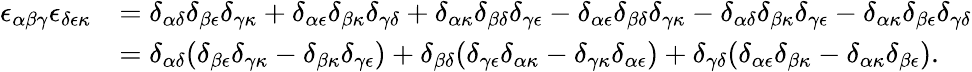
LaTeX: \begin{array}{rl}{\epsilon_{\alpha\beta\gamma}\epsilon_{\delta\epsilon\kappa}}&{=\delta_{\alpha\delta}\delta_{\beta\epsilon}\delta_{\gamma\kappa}+\delta_{\alpha\epsilon}\delta_{\beta\kappa}\delta_{\gamma\delta}+\delta_{\alpha\kappa}\delta_{\beta\delta}\delta_{\gamma\epsilon}-\delta_{\alpha\epsilon}\delta_{\beta\delta}\delta_{\gamma\kappa}-\delta_{\alpha\delta}\delta_{\beta\kappa}\delta_{\gamma\epsilon}-\delta_{\alpha\kappa}\delta_{\beta\epsilon}\delta_{\gamma\delta}}\\ &{=\delta_{\alpha\delta}(\delta_{\beta\epsilon}\delta_{\gamma\kappa}-\delta_{\beta\kappa}\delta_{\gamma\epsilon})+\delta_{\beta\delta}(\delta_{\gamma\epsilon}\delta_{\alpha\kappa}-\delta_{\gamma\kappa}\delta_{\alpha\epsilon})+\delta_{\gamma\delta}(\delta_{\alpha\epsilon}\delta_{\beta\kappa}-\delta_{\alpha\kappa}\delta_{\beta\epsilon}).}\end{array}